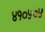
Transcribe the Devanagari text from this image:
४१०५०५